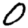
Digit: 0